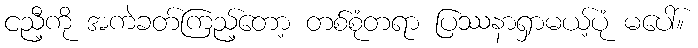
ငညီ့ကို အကဲခတ်ကြည့်တော့ တစ်စုံတရာ ပြဿနာရှာမယ့်ပုံ မပေါ်။